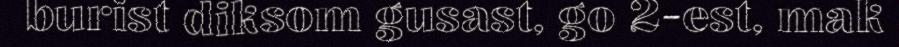
burist diksom gusast, go 2-est, mak